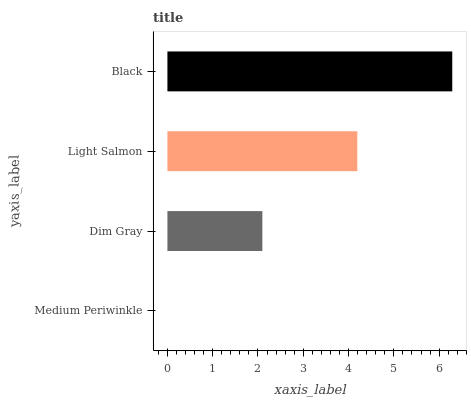
| yaxis_label | bars |
 | --- | --- |
 | Medium Periwinkle | 0 |
 | Dim Gray | 2.1 |
 | Light Salmon | 4.19 |
 | Black | 6.29 |